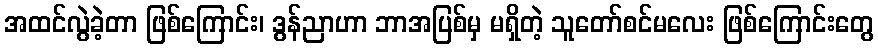
အထင်လွဲခဲ့တာ ဖြစ်ကြောင်း၊ ဒွန်ညာဟာ ဘာအပြစ်မှ မရှိတဲ့ သူတော်စင်မလေး ဖြစ်ကြောင်းတွေ